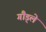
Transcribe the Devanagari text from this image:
गौड्ले